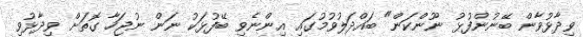
ވިދާޅުވާން ބޭނުންފުޅު ނޫންކަން" ބައްދަލުވުމުގައި އިންނެވި ބޭފުޅަކު ނަން ނުޖަހާ ގޮތަށް ވިދާޅުވި